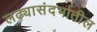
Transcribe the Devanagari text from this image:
लढ्यासंदर्भातील